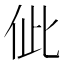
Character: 佌